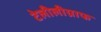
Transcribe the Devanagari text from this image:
टेलीलीग्राफ